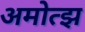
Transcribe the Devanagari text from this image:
अमोत्झ